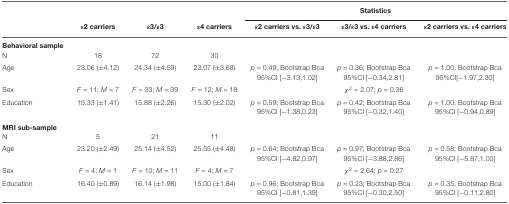
<table><thead><tr><td></td><td></td><td></td><td></td><td colspan="3"><b>Statistics</b></td></tr><tr><td></td><td><b>ε2 carriers</b></td><td><b>ε3/ε3</b></td><td><b>ε4 carriers</b></td><td><b>ε2 carriers vs. ε3/ε3</b></td><td><b>ε3/ε3 vs. ε4 carriers</b></td><td><b>ε2 carriers vs. ε4 carriers</b></td></tr></thead><tbody><tr><td><b>Behavioral sample</b></td></tr><tr><td>N</td><td>18</td><td>72</td><td>30</td></tr><tr><td>Age</td><td>23.06 (±4.12)</td><td>24.34 (±4.59)</td><td>23.07 (±3.68)</td><td><i>p</i> = 0.49; Bootstrap Bca 95%CI [−3.13,1.02]</td><td><i>p</i> = 0.36; Bootstrap Bca 95%CI [−0.34,2.81]</td><td><i>p</i> = 1.00; Bootstrap Bca 95%CI[−1.97,2.30]</td></tr><tr><td>Sex</td><td><i>F</i> = 11; <i>M</i> = 7</td><td><i>F</i> = 33; <i>M</i> = 39</td><td><i>F</i> = 12; <i>M</i> = 18</td><td></td><td><i>χ</i><sup>2</sup> = 2.07; <i>p</i> = 0.36</td><td></td></tr><tr><td>Education</td><td>15.33 (±1.41)</td><td>15.88 (±2.26)</td><td>15.30 (±2.02)</td><td><i>p</i> = 0.59; Bootstrap Bca 95%CI [−1.38,0.23]</td><td><i>p</i> = 0.42; Bootstrap Bca 95%CI [−0.32,1.40</td><td><i>p</i> = 1.00; Bootstrap Bca 95%CI [−0.94,0.89]</td></tr><tr><td><b>MRI sub-sample</b></td></tr><tr><td>N</td><td>5</td><td>21</td><td>11</td></tr><tr><td>Age</td><td>23.20 (±2.49)</td><td>25.14 (±4.52)</td><td>25.55 (±4.48)</td><td><i>p</i> = 0.64; Bootstrap Bca 95%CI [−4.82,0.97]</td><td><i>p</i> = 0.97; Bootstrap Bca 95%CI [−3.88,2.86]</td><td><i>p</i> = 0.58; Bootstrap Bca 95%CI [−5.87,1.00]</td></tr><tr><td>Sex</td><td><i>F</i> = 4; <i>M</i> = 1</td><td><i>F</i> = 10; <i>M</i> = 11</td><td><i>F</i> = 4; <i>M</i> = 7</td><td></td><td><i>χ</i><sup>2</sup> = 2.64; <i>p</i> = 0.27</td><td></td></tr><tr><td>Education</td><td>16.40 (±0.89)</td><td>16.14 (±1.98)</td><td>15.00 (±1.84)</td><td><i>p</i> = 0.96; Bootstrap Bca 95%CI [−0.81,1.39]</td><td><i>p</i> = 0.23; Bootstrap Bca 95%CI [−0.30,2.50]</td><td><i>p</i> = 0.35; Bootstrap Bca 95%CI [−0.11,2.80]</td></tr></tbody></table>